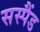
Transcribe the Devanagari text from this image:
सस्पैंड